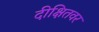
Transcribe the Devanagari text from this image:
दीक्षितवर